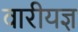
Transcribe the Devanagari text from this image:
वारीयज्ञ